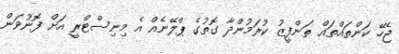
ޖެހޭ ކަންތައްތައް ތަންފީޒު ކުރަމުންދާ ގޮތުގެ ޕްލޭނެއް އެ މިނިސްޓްރީ އަށް ފޮނުވަން